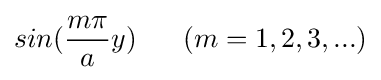
sin({\frac {m\pi }{a}}y)\ \ \ \ \ (m=1,2,3,...)